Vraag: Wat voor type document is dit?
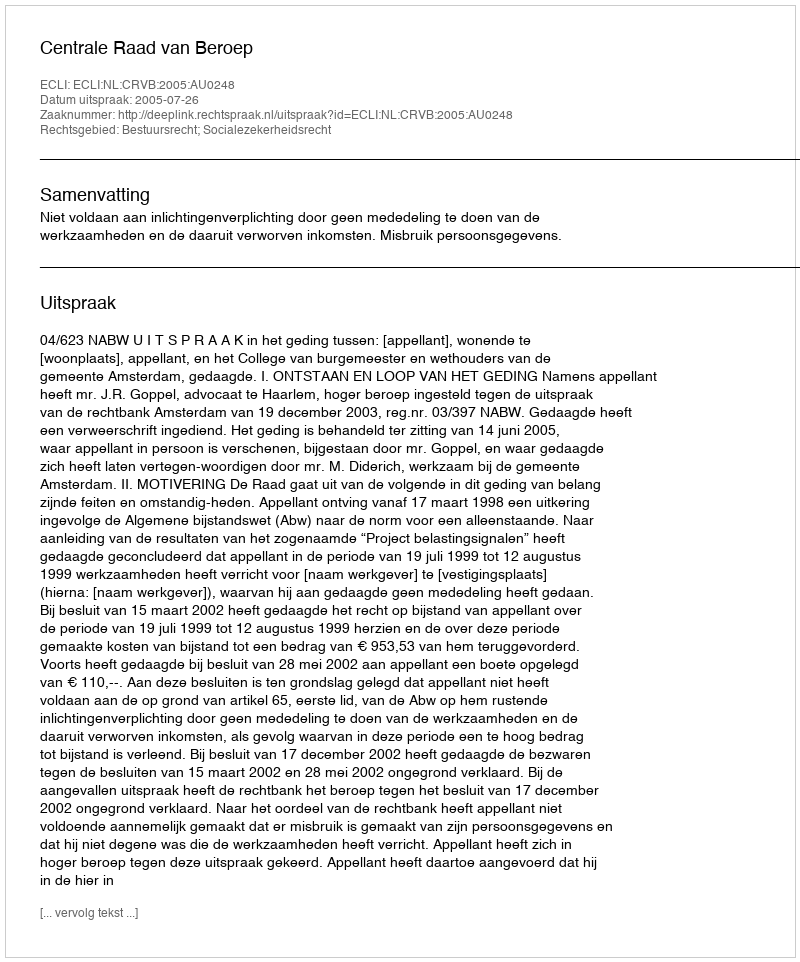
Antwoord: Uitspraak